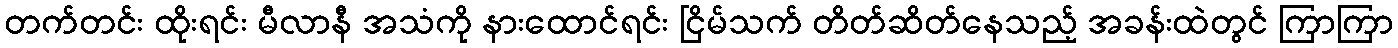
တက်တင်း ထိုးရင်း မီလာနီ အသံကို နားထောင်ရင်း ငြိမ်သက် တိတ်ဆိတ်နေသည့် အခန်းထဲတွင် ကြာကြာ